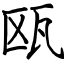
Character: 瓯